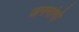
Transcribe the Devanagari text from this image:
जननांगो